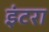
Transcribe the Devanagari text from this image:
इंटरा